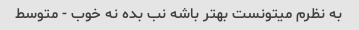
به نظرم میتونست بهتر باشه نب بده نه خوب - متوسط